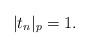
LaTeX: \begin{align*}|t_n|_p=1.\end{align*}